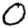
Digit: 0